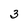
Character: 3